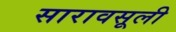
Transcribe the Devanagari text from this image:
सारावसूली